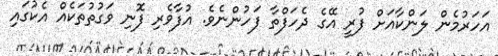
އަހަރުމެން ލަންކާއަށް ފުރީ އޭގެ ދެހަފްތާ ފަހުންނެވެ. އުފާވެރި ފޮނި ވަގުތުތަކެއް އެކުގައި